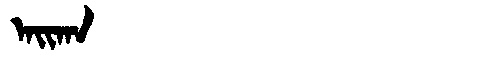
Manchu: ᠠᡳᡴᠠ
Romanization: AIKA